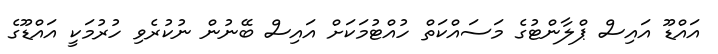
އައްޑޫ އައިސް ޕްލާންޓުގެ މަސައްކަތް ހުއްޓުމަކަށް އައިސް ބޭނުން ނުކުރެވި ހުރުމަކީ އައްޑޫގެ